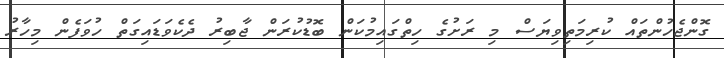
ގޮންޖެހުންތައް ކުރިމަތިވިޔަސް މި ރަށުގެ ހިތްގައިމުކަން ބޮޑުކުރަން ޖާބިރު ދެކެވަޑައިގަތް ހުވަފެން މިހާރު